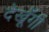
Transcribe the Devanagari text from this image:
देखूँगी